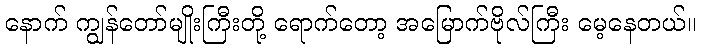
နောက် ကျွန်တော်မျိုးကြီးတို့ ရောက်တော့ အမြောက်ဗိုလ်ကြီး မေ့နေတယ်။